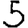
Digit: 5